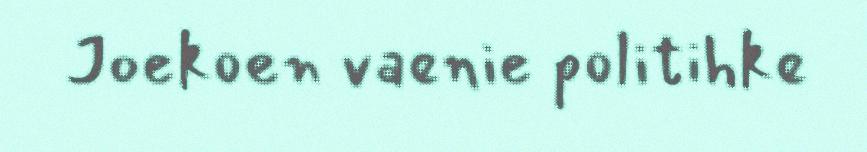
Joekoen vaenie politihke